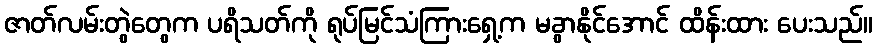
ဇာတ်လမ်းတွဲတွေက ပရိသတ်ကို ရုပ်မြင်သံကြားရှေ့က မခွာနိုင်အောင် ထိန်းထား ပေးသည်။